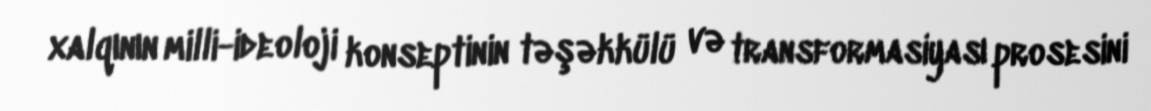
xalqının milli-ideoloji konseptinin təşəkkülü və transformasiyası prosesini